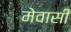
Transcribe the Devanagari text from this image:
मेवासी